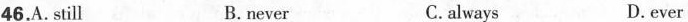
46.A. Still B.never C.always D.ever